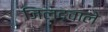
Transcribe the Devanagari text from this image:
जिल्दवाले